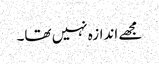
مجھے اندازہ نہیں تھا۔